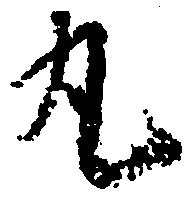
丸